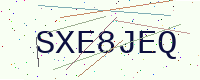
Text: SXE8JEQ